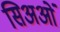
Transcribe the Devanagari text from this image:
सिअओं